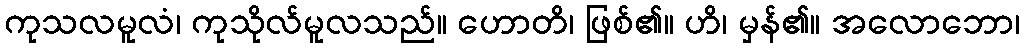
ကုသလမူလံ၊ ကုသိုလ်မူလသည်။ ဟောတိ၊ ဖြစ်၏။ ဟိ၊ မှန်၏။ အလောဘော၊